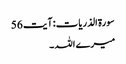
سورۃ الذریات: آیت 56
میرے اللہ ۔